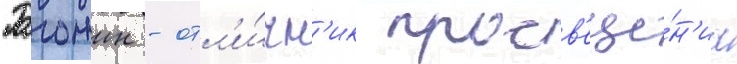
Рогожин - отл'и́чн'ик просв'еще́н'иа